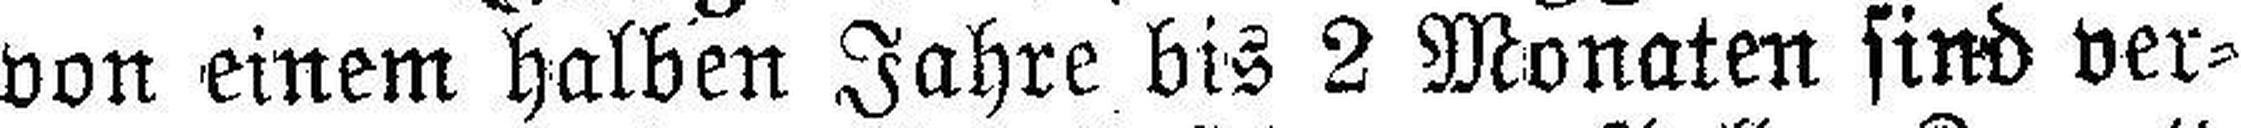
von einem halben Jahre bis 2 Monaten sind ver¬